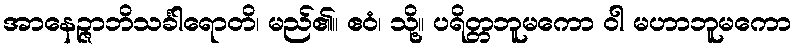
အာနေဉ္ဇာဘိသင်္ခါရောတိ၊ မည်၏။ ဧဝံ၊ သို့။ ပရိတ္တဘူမကော ဝါ မဟာဘူမကော